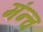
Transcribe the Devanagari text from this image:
मंन्च